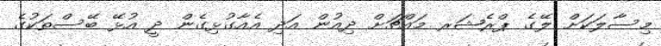
މިސާލަކަށް ލޭގެ ޕްރެޝަރ މައްޗަށް ދިއުން އަދި އެއާގުޅިގެން ދީ އުޅޭ ބޭސްތަކުގެ